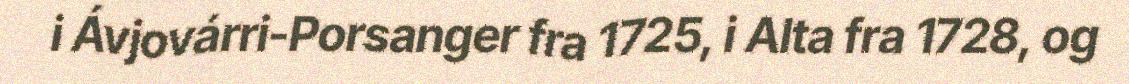
i Ávjovárri-Porsanger fra 1725, i Alta fra 1728, og